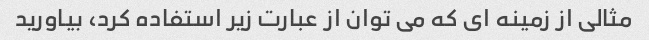
مثالی از زمینه ای که می توان از عبارت زیر استفاده کرد، بیاورید